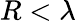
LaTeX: R<\lambda